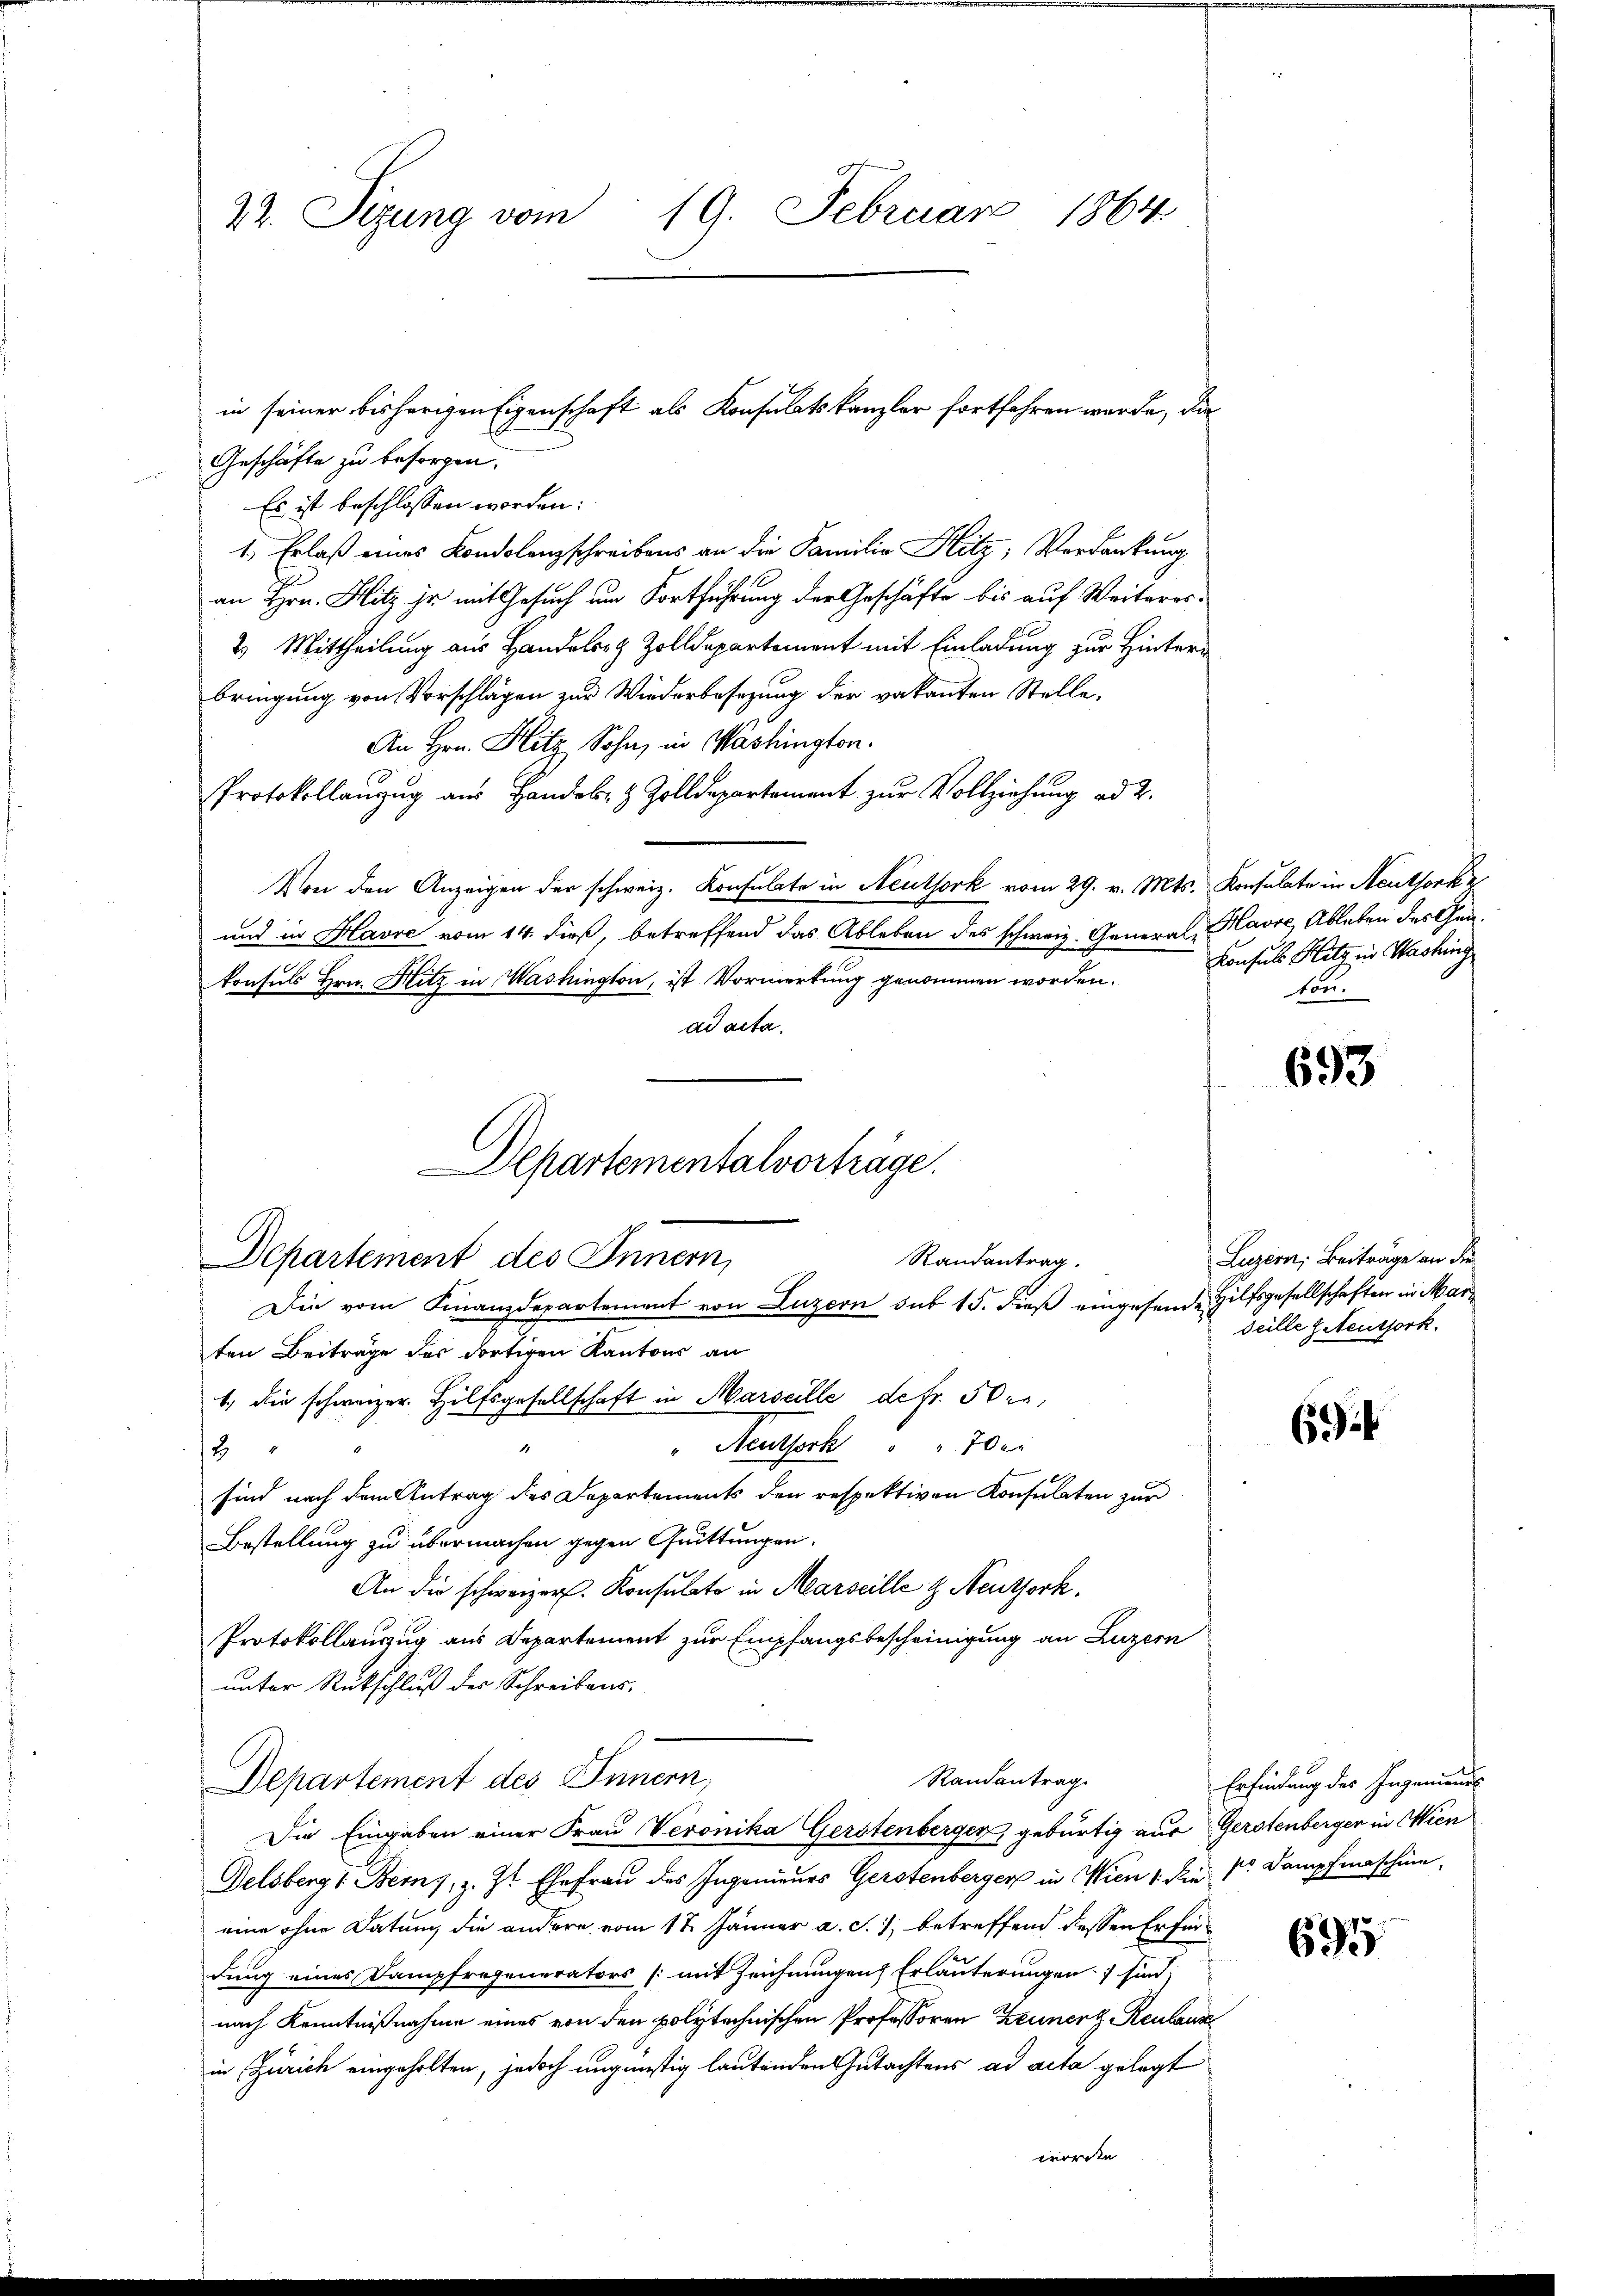
22. Sizung vom 19. Februar 1864

Geschäfte zu besorgen.
Es ist beschlossen worden:
1., Erlaß eines Londolenzschreibens an die Familie Hitz, Verdankung
an Hrn. Hitz ir mit Gesuch um Fortführung der Geschäfte bis auf Weiteres-
2.) Mittheilung aus Handels & Zolldepartement mit Einladung zur Hinterbringung von Vorschlägen zur Wiederbesezung der vakanten Stelle.
An Hrn. Hitz Sohn, in Washington.
Protokollanzŭg aŭs Handels- & Zolldepartement zŭr Vollziehung ad 2.
Von den Anzeigen der schweiz. Konsulate in Aeuthork vom 29. v. Mts. Konsulate in Neuthork z
und in Havre vom 14. dieß, betreffend das Ableben des schweiz. General-Havre, Ableben des Gunkonsuls Hrn. Hitz in Washington, ist Vormerkung genommen worden.
ad acta.
Departementalvorträge.

Randantrag.
Departement des Innern,
Die vom Finanzdepartement von Luzern sub 15. dieß eingesende Hilfsgesellschaften in Mar¬

in seiner bisherigen Eigenschaft als Konsulatskanzler fortfahren werde, da

ten Beiträge des dortigen Kantons an
1. die schweizer Hilfsgesellschaft in Marseille de fr. 50 r
Aussich 10
2
sind nach dem Antrag des Departements den respektiven Konsulaten zur
Bestellung zu übermachen gegen Quittungen.
An die schweizer. Konsulate in Marseille z. Neuthork
Protokollauszug aus Departement zur Empfangsbescheinigung an Luzern
unter Rückschluß des Schreibens¬
Randantrag
Departement des Innern,
Die Eingaben einer Frau Veronika Gerstenberger, gebürtig aus Gerstenberger in Wien
Delsberg & Bem, z. Zt. Ehefrau des Ingenieurs Gerstenberger in Wien 1. die Sr. Dampfmaschin
eine ohne Datum die andere vom 17. Jänner a. c., betreffend dessen Erfindung eines Dampfregenerators (mit Zeichnungen Erläuterungen sind,
nach Kenntnißnahme eines von den polytechnischen Professoren Zeuner Reulause
in Zürich eingeholten, jedoch ungünstig lautenden Gutachtens ad acta gelegt
worden.

Konsul Hitz in Washing
ton.

693

Luzern, Beiträge an die
seille Neuthork.

69

Erfindung des Ingenieurs

695